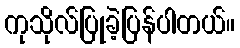
ကုသိုလ်ပြုခဲ့ပြန်ပါတယ်။